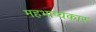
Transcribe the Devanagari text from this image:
महभाष्यकार